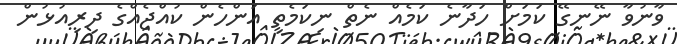
ވާނުވާ ނޭނގޭ ކަމަށް ހަދާނެ ކަމެއް ނެތް ނިކަމެތި އަންހެން ކުއްޖެއްގެ ދިރިއުޅުން